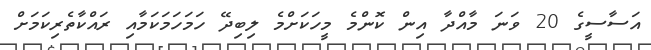
އަސާސީގެ 20 ވަނަ މާއްދާ އިން ކޮންމެ މީހަކަށްމެ ލިބިދޭ ހަމަހަމަކަމާއި ރައްކާތެރިކަމަށް